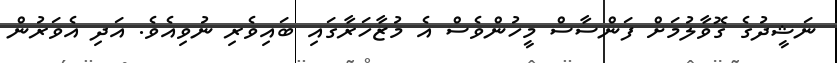
ނަޝީދުގެ ގޮވާލުމަށް ފަންސާސް މީހުންވެސް އެ މުޒާހަރާގައި ބައިވެރި ނުވިއެވެ. އަދި އެވަރުން